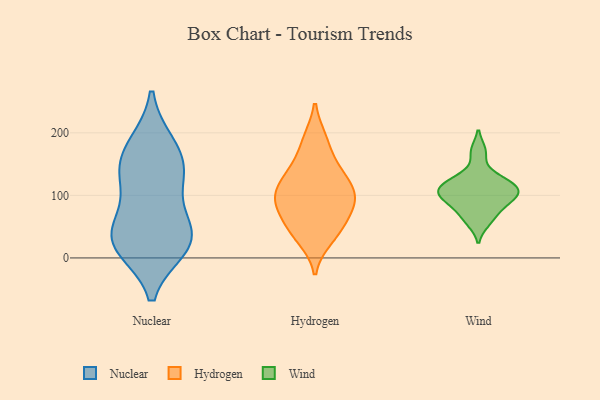
{"axis": {"x": "Website Visitors", "y": "Value"}, "legend": ["Hydrogen", "Nuclear", "Wind"], "data": [{"x": "", "y": 176, "type": "Nuclear"}, {"x": "", "y": 36, "type": "Nuclear"}, {"x": "", "y": 36, "type": "Nuclear"}, {"x": "", "y": 66, "type": "Nuclear"}, {"x": "", "y": 130, "type": "Nuclear"}, {"x": "", "y": 17, "type": "Nuclear"}, {"x": "", "y": 30, "type": "Nuclear"}, {"x": "", "y": 181, "type": "Nuclear"}, {"x": "", "y": 133, "type": "Nuclear"}, {"x": "", "y": 137, "type": "Nuclear"}, {"x": "", "y": 17, "type": "Nuclear"}, {"x": "", "y": 142, "type": "Hydrogen"}, {"x": "", "y": 188, "type": "Hydrogen"}, {"x": "", "y": 139, "type": "Hydrogen"}, {"x": "", "y": 85, "type": "Hydrogen"}, {"x": "", "y": 31, "type": "Hydrogen"}, {"x": "", "y": 66, "type": "Hydrogen"}, {"x": "", "y": 111, "type": "Hydrogen"}, {"x": "", "y": 141, "type": "Hydrogen"}, {"x": "", "y": 41, "type": "Hydrogen"}, {"x": "", "y": 98, "type": "Hydrogen"}, {"x": "", "y": 189, "type": "Hydrogen"}, {"x": "", "y": 90, "type": "Hydrogen"}, {"x": "", "y": 59, "type": "Hydrogen"}, {"x": "", "y": 111, "type": "Hydrogen"}, {"x": "", "y": 104, "type": "Hydrogen"}, {"x": "", "y": 39, "type": "Hydrogen"}, {"x": "", "y": 89, "type": "Hydrogen"}, {"x": "", "y": 105, "type": "Wind"}, {"x": "", "y": 113, "type": "Wind"}, {"x": "", "y": 58, "type": "Wind"}, {"x": "", "y": 170, "type": "Wind"}, {"x": "", "y": 100, "type": "Wind"}, {"x": "", "y": 123, "type": "Wind"}, {"x": "", "y": 127, "type": "Wind"}, {"x": "", "y": 73, "type": "Wind"}, {"x": "", "y": 102, "type": "Wind"}, {"x": "", "y": 89, "type": "Wind"}]}